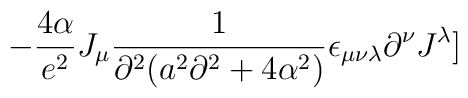
-{{4\alpha}\over{e^2}} J_\mu{1\over{\partial^2(a^2\partial^2+4\alpha^2)}}\epsilon_{\mu\nu\lambda}\partial^\nu J^\lambda]